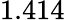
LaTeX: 1.414